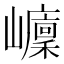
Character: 𡾭